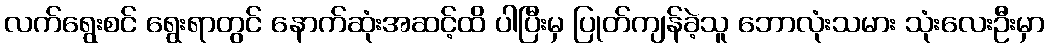
လက်ရွေးစင် ရွေးရာတွင် နောက်ဆုံးအဆင့်ထိ ပါပြီးမှ ပြုတ်ကျန်ခဲ့သူ ဘောလုံးသမား သုံးလေးဦးမှာ